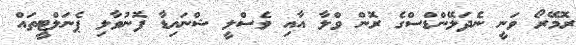
ރޮމޭރޯ ވަނީ ނެދަލޭންޑްސްގެ ރޮން ވްލާ އާއި ވެސްލީ ޝްނައިޑާ ފޮނުވާލި ޕެނަލްޓީތައް